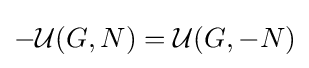
-{\mathcal {U}}(G,N)={\mathcal {U}}(G,-N)